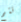
تتم